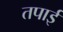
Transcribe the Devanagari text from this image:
तपाई